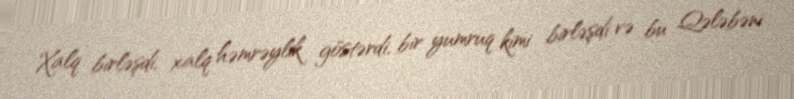
Xalq birləşdi, xalq həmrəylik göstərdi, bir yumruq kimi birləşdi və bu Qələbəni